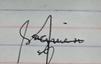
Signature authenticity: genuine